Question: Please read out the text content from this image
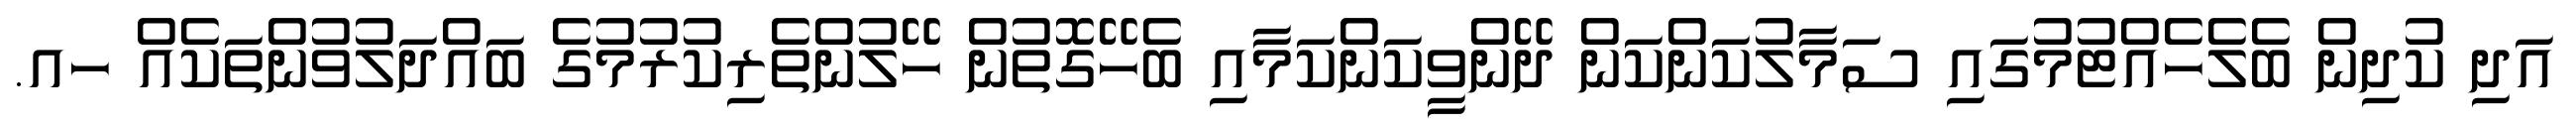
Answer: އަދި ކުދިން ބެލެހެއްޓުމުގައި ސަމާލުކަންކަން ދޭންވީކަންކަމާއި ބެހޭގޮތުން ހޭލުންތެރިކުރުމުގެ ބައްދަލުވުންތަކެއް ހއ.